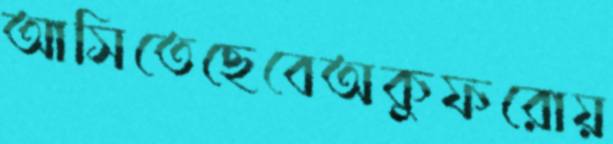
আসিতেছেবেঅকুফরোয়